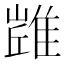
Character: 𨿻